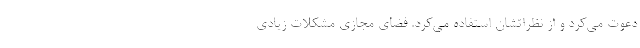
دعوت می‌کرد و از نظراتشان استفاده می‌کرد. فضای مجازی مشکلات زیادی